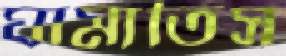
ঘামাতিস